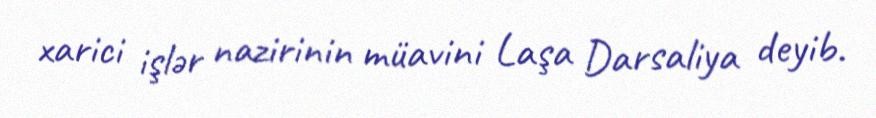
xarici işlər nazirinin müavini Laşa Darsaliya deyib.